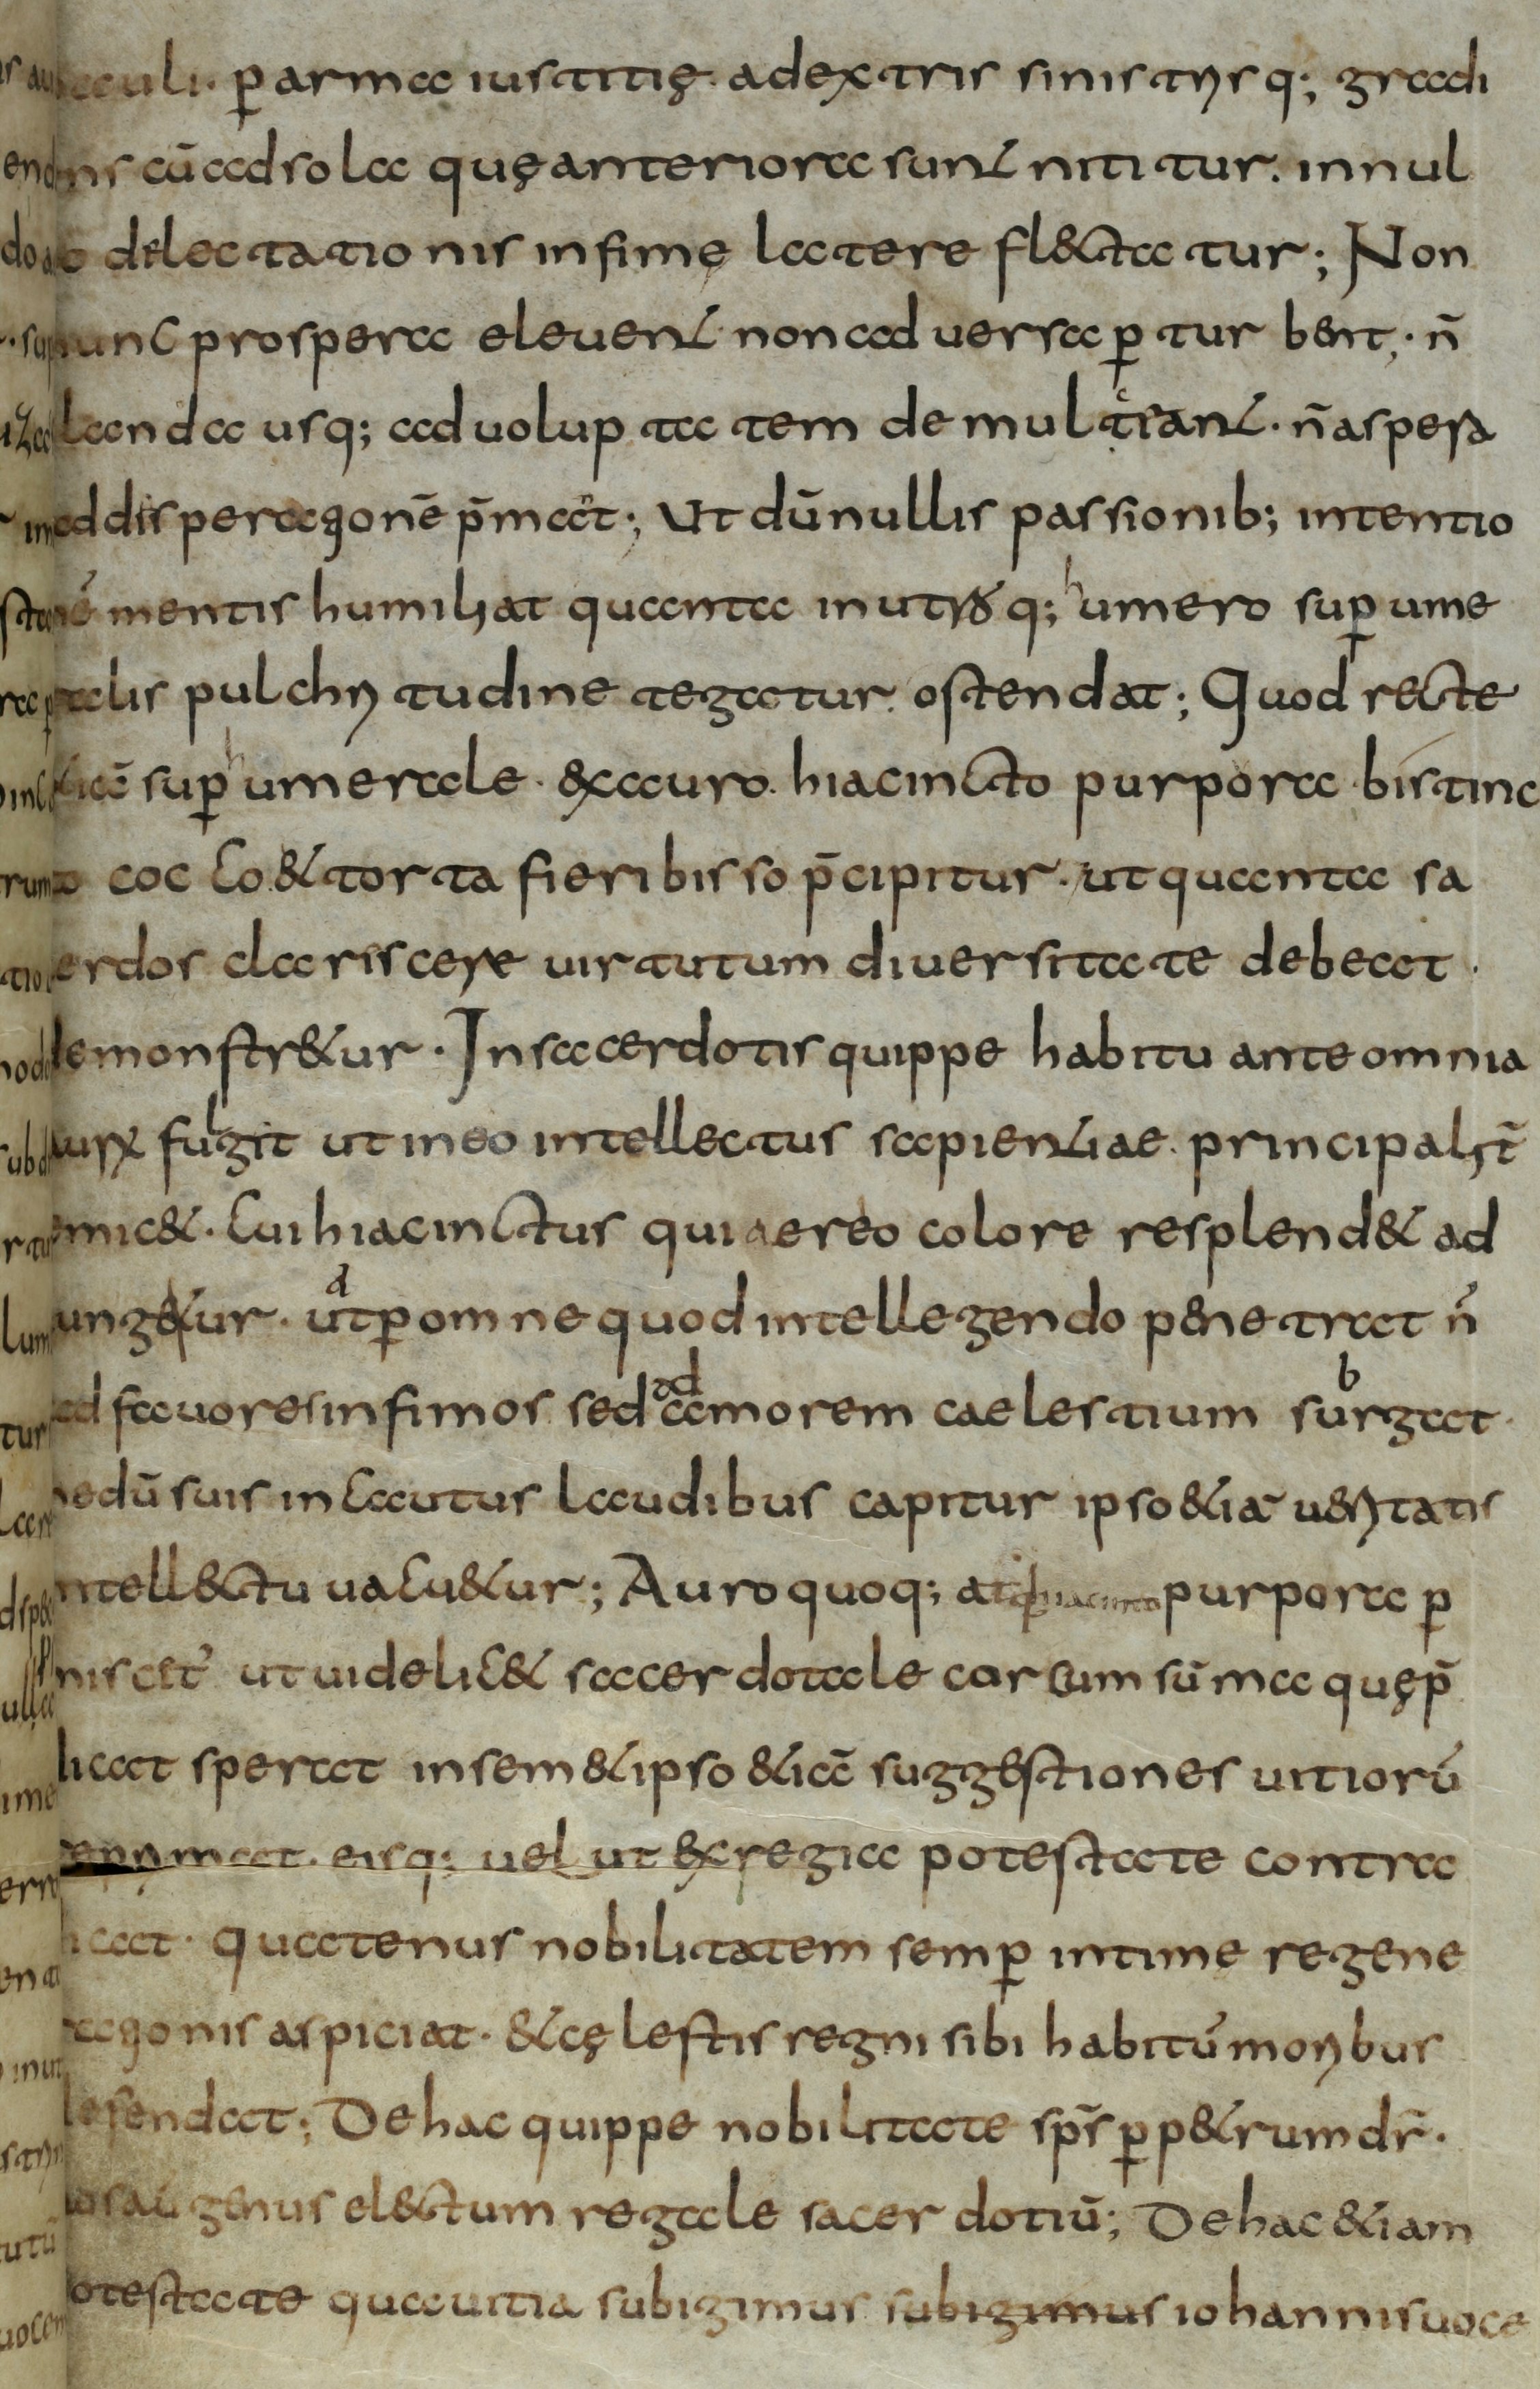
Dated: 800–830